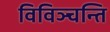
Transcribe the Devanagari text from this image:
विविञ्चन्ति